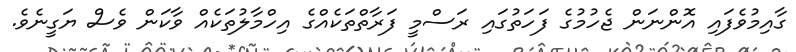
ގާއިމުވެފައި އޮންނަން ޖެހުމުގެ ފަހަތުގައި ރަސްމީ ފަރާތްތަކެއްގެ އިހްމާލުތަކެއް ވާކަން ވެސް ޔަގީނެވެ.